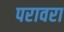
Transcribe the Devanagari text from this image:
परावरा